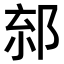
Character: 𨛧